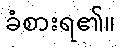
ခံစားရ၏။